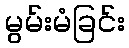
မွမ်းမံခြင်း